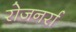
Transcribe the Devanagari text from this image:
रोजनर्रा